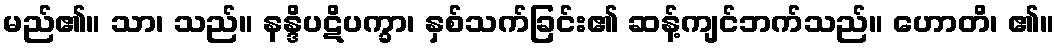
မည်၏။ သာ၊ သည်။ နန္ဒိပဋိပက္ခာ၊ နှစ်သက်ခြင်း၏ ဆန့်ကျင်ဘက်သည်။ ဟောတိ၊ ၏။